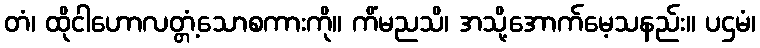
တံ၊ ထိုငါဟောလတ္တံ့သောစကားကို။ ကိံမညသိ၊ အသို့အောက်မေ့သနည်း။ ပဌမံ၊